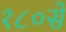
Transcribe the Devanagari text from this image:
१८०सें